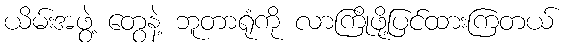
ယိမ်းအဖွဲ့ တွေနဲ့ ဘူတာရုံကို လာကြိုဖို့ပြင်ထားကြတယ်